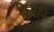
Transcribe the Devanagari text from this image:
क़िलदर